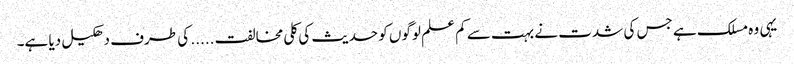
یہی وہ مسلک ہے جس کی شدت نے بہت سے کم علم لوگوں کو حدیث کی کلی مخالفت ..... کی طرف دھکیل دیا ہے۔